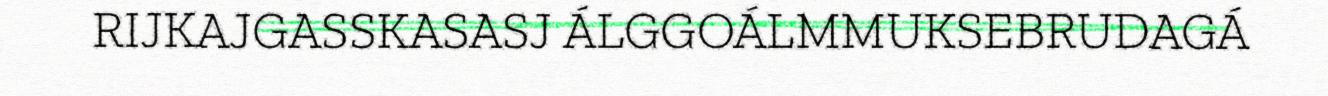
RIJKAJGASSKASASJ ÁLGGOÁLMMUKSEBRUDAGÁ